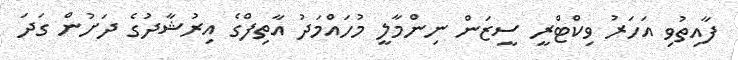
ފާއިތުވި އަހަރު ވިކްޓްރީ ސީޒަން ނިންމާލީ މުހައްމަދު އާތިފްގެ އިރުޝާދުގެ ދަށުން ގަދަ